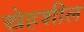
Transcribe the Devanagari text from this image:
स्नेहशील